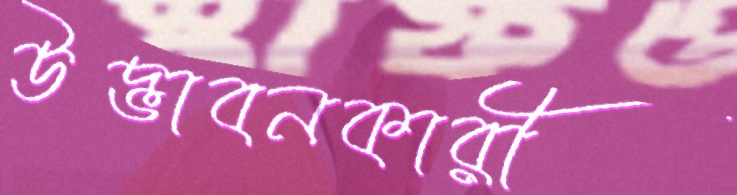
উদ্ভাবনকারী